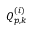
Q _ { p , k } ^ { ( i ) }